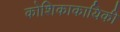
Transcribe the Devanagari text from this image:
कोशिकाकायिकी